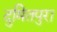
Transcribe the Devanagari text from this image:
दुमितपुरा